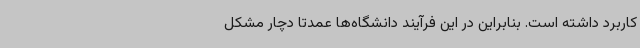
کاربرد داشته است. بنابراین در این فرآیند دانشگاه‌ها عمدتا دچار مشکل